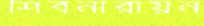
শিবনারায়ন